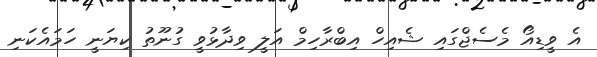
އެ ވީޑިއޯ މެސެޖްގައި ޝެއިހް އިބްރާހިމް އަލީ ވިދާޅުވީ ގުނޫތު ކިޔަނީ ހަމައެކަނި